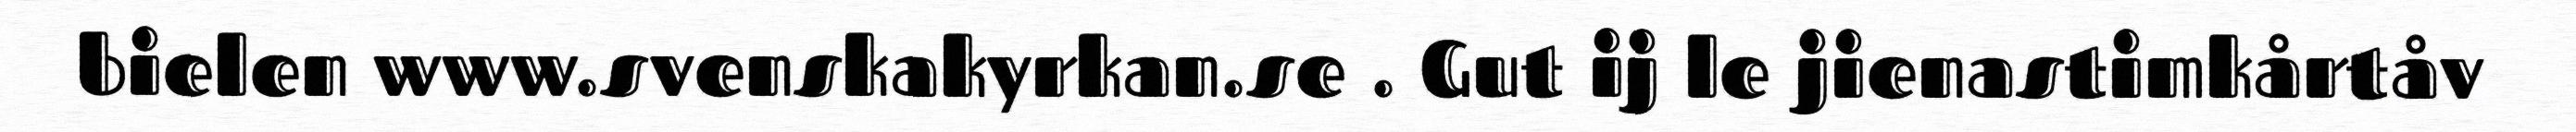
bielen www.svenskakyrkan.se . Gut ij le jienastimkårtåv